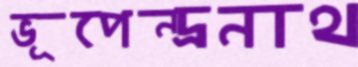
ভূপেন্দ্রনাথ